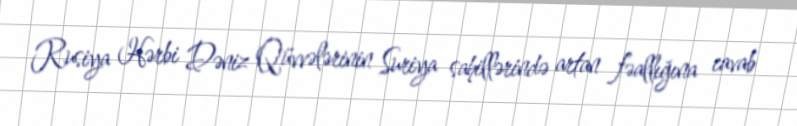
Rusiya Hərbi Dəniz Qüvvələrinin Suriya sahillərində artan fəallığına cavab